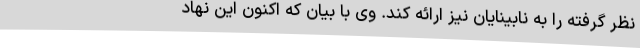
نظر گرفته را به نابینایان نیز ارائه کند. وی با بیان که اکنون این نهاد